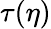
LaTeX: \tau(\eta)